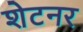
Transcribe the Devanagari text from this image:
शेटनर